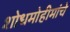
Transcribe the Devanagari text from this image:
शोधमोहीमांचे